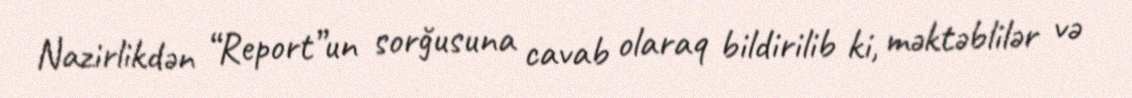
Nazirlikdən “Report”un sorğusuna cavab olaraq bildirilib ki, məktəblilər və